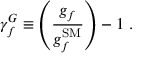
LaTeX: \gamma _ { f } ^ { G } \equiv \left( \frac { g _ { f } } { g _ { f } ^ { \mathrm { S M } } } \right) - 1 ~ .